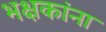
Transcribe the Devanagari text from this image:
भक्षकांना